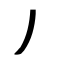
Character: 丿